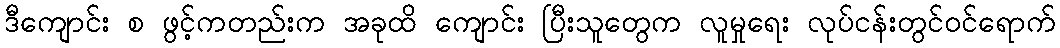
ဒီကျောင်း စ ဖွင့်ကတည်းက အခုထိ ကျောင်း ပြီးသူတွေက လူမှုရေး လုပ်ငန်းတွင်ဝင်ရောက်